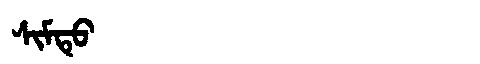
Manchu: ᠰᡳᠮᡨᡠ
Romanization: SIMTU